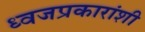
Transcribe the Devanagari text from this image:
ध्वजप्रकारांशी